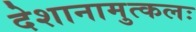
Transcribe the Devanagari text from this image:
देशानामुत्कलः